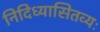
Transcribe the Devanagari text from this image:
निदिध्यासितव्यः